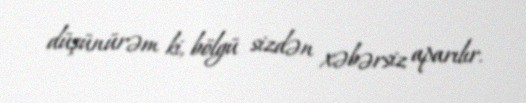
düşünürəm ki, bölgü sizdən xəbərsiz aparılır.